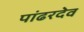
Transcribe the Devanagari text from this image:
पांढरदेव